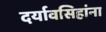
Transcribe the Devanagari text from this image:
दर्यावसिहांना